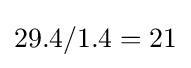
29.4/1.4=21